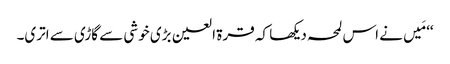
‘‘ مَیں نے اس لمحہ دیکھا کہ قرۃ العین بڑی خوشی سے گاڑی سے اتری۔